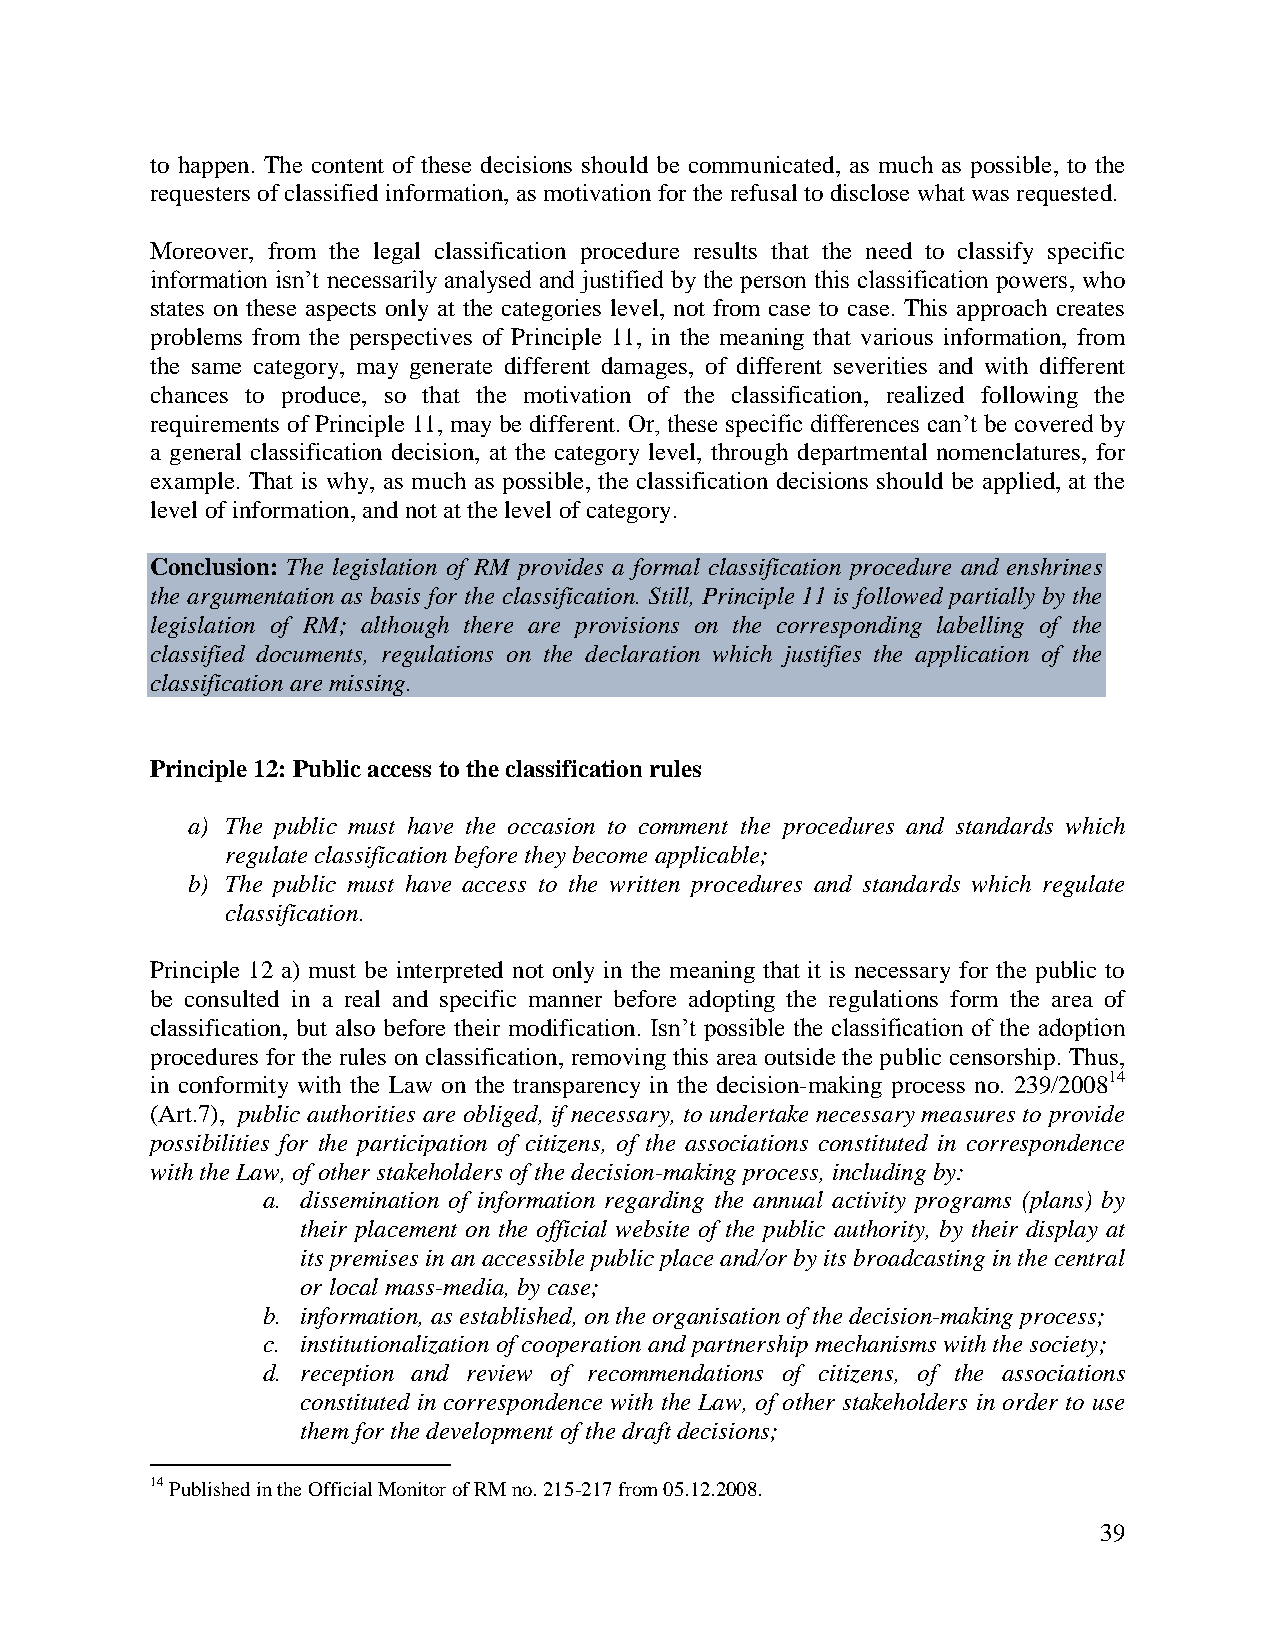
to happen. The content of these decisions should be communicated, as much as possible, to the
 requesters of classified information, as motivation for the refusal to disclose what was requested.
 Moreover, from the legal classification procedure results that the need to classify specific
 information isn’t necessarily analysed and justified by the person this classification powers, who
 states on these aspects only at the categories level, not from case to case. This approach creates
 problems from the perspectives of Principle 11, in the meaning that various information, from
 the same category, may generate different damages, of different severities and with different
 chances to produce, so that the motivation of the classification, realized following the
 requirements of Principle 11, may be different. Or, these specific differences can’t be covered by
 a general classification decision, at the category level, through departmental nomenclatures, for
 example. That is why, as much as possible, the classification decisions should be applied, at the
 level of information, and not at the level of category.
 Conclusion: The legislation of RM provides a formal classification procedure and enshrines
 the argumentation as basis for the classification. Still, Principle 11 is followed partially by the
 legislation of RM; although there are provisions on the corresponding labelling of the
 classified documents, regulations on the declaration which justifies the application of the
 classification are missing.
 Principle 12: Public access to the classification rules
 a) The public must have the occasion to comment the procedures and standards which
 regulate classification before they become applicable;
 b) The public must have access to the written procedures and standards which regulate
 classification.
 Principle 12 a) must be interpreted not only in the meaning that it is necessary for the public to
 be consulted in a real and specific manner before adopting the regulations form the area of
 classification, but also before their modification. Isn’t possible the classification of the adoption
 procedures for the rules on classification, removing this area outside the public censorship. Thus,
 in conformity with the Law on the transparency in the decision-making process no. 239/200814
 (Art.7), public authorities are obliged, if necessary, to undertake necessary measures to provide
 possibilities for the participation of citizens, of the associations constituted in correspondence
 with the Law, of other stakeholders of the decision-making process, including by:
 a. dissemination of information regarding the annual activity programs (plans) by
 their placement on the official website of the public authority, by their display at
 its premises in an accessible public place and/or by its broadcasting in the central
 or local mass-media, by case;
 b. information, as established, on the organisation of the decision-making process;
 c. institutionalization of cooperation and partnership mechanisms with the society;
 d. reception and review of recommendations of citizens, of the associations
 constituted in correspondence with the Law, of other stakeholders in order to use
 them for the development of the draft decisions;
 14 Published in the Official Monitor of RM no. 215-217 from 05.12.2008.
 39